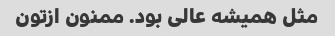
مثل همیشه عالی بود. ممنون ازتون